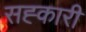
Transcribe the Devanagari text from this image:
सह्कारी